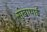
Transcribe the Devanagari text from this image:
सुखाथाई